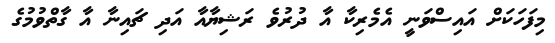
މިފަހަކަށް އައިސްވަނީ އެމެެރިކާ އާ ދުރުވެ ރަޝިޔާއާ އަދި ޗައިނާ އާ ގާތްވުމުގެ